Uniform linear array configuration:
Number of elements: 48
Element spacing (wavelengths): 0.75
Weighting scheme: binomial
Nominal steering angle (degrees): -60
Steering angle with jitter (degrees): -59.438
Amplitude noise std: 0.05
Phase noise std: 0.05

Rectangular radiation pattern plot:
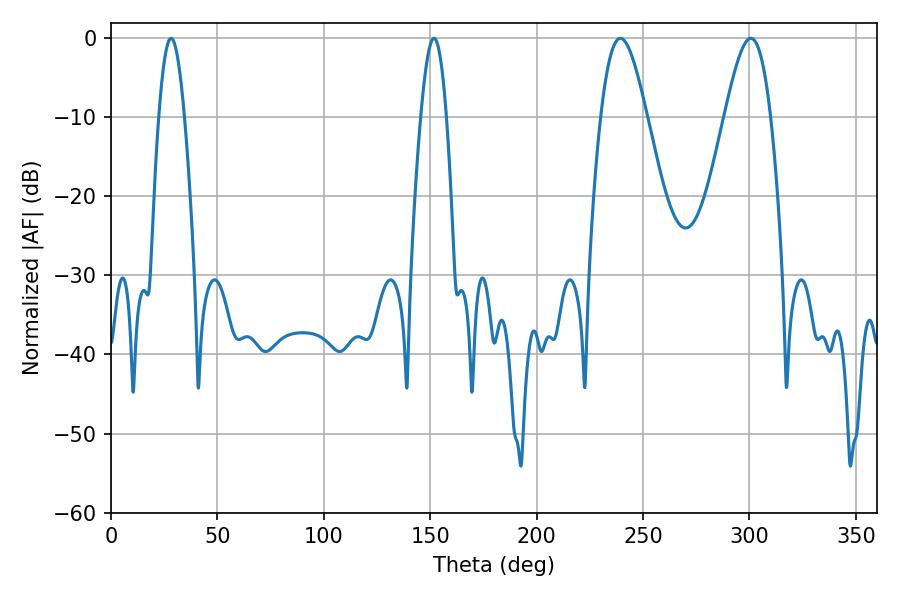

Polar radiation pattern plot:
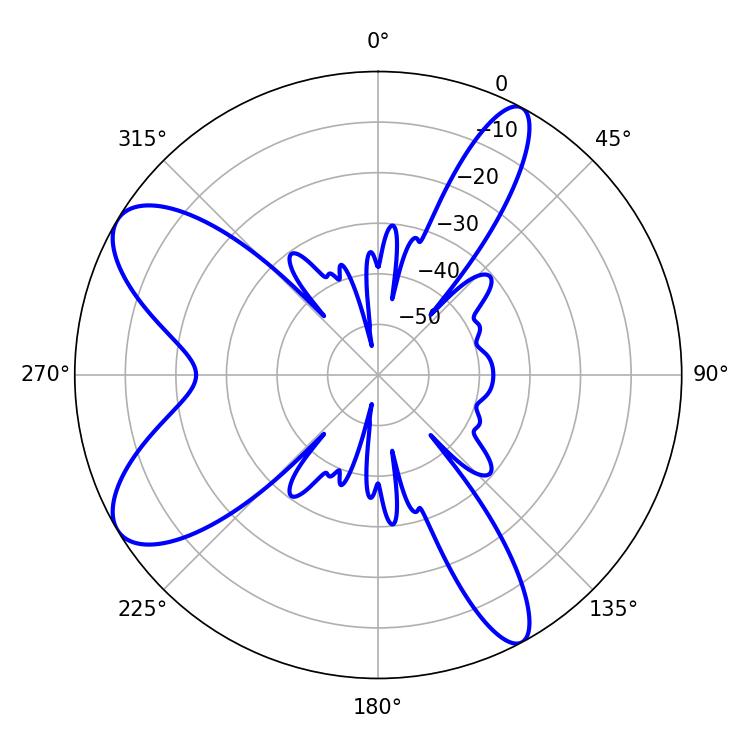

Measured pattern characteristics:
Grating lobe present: TRUE
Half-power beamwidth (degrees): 6.48
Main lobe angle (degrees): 28.26